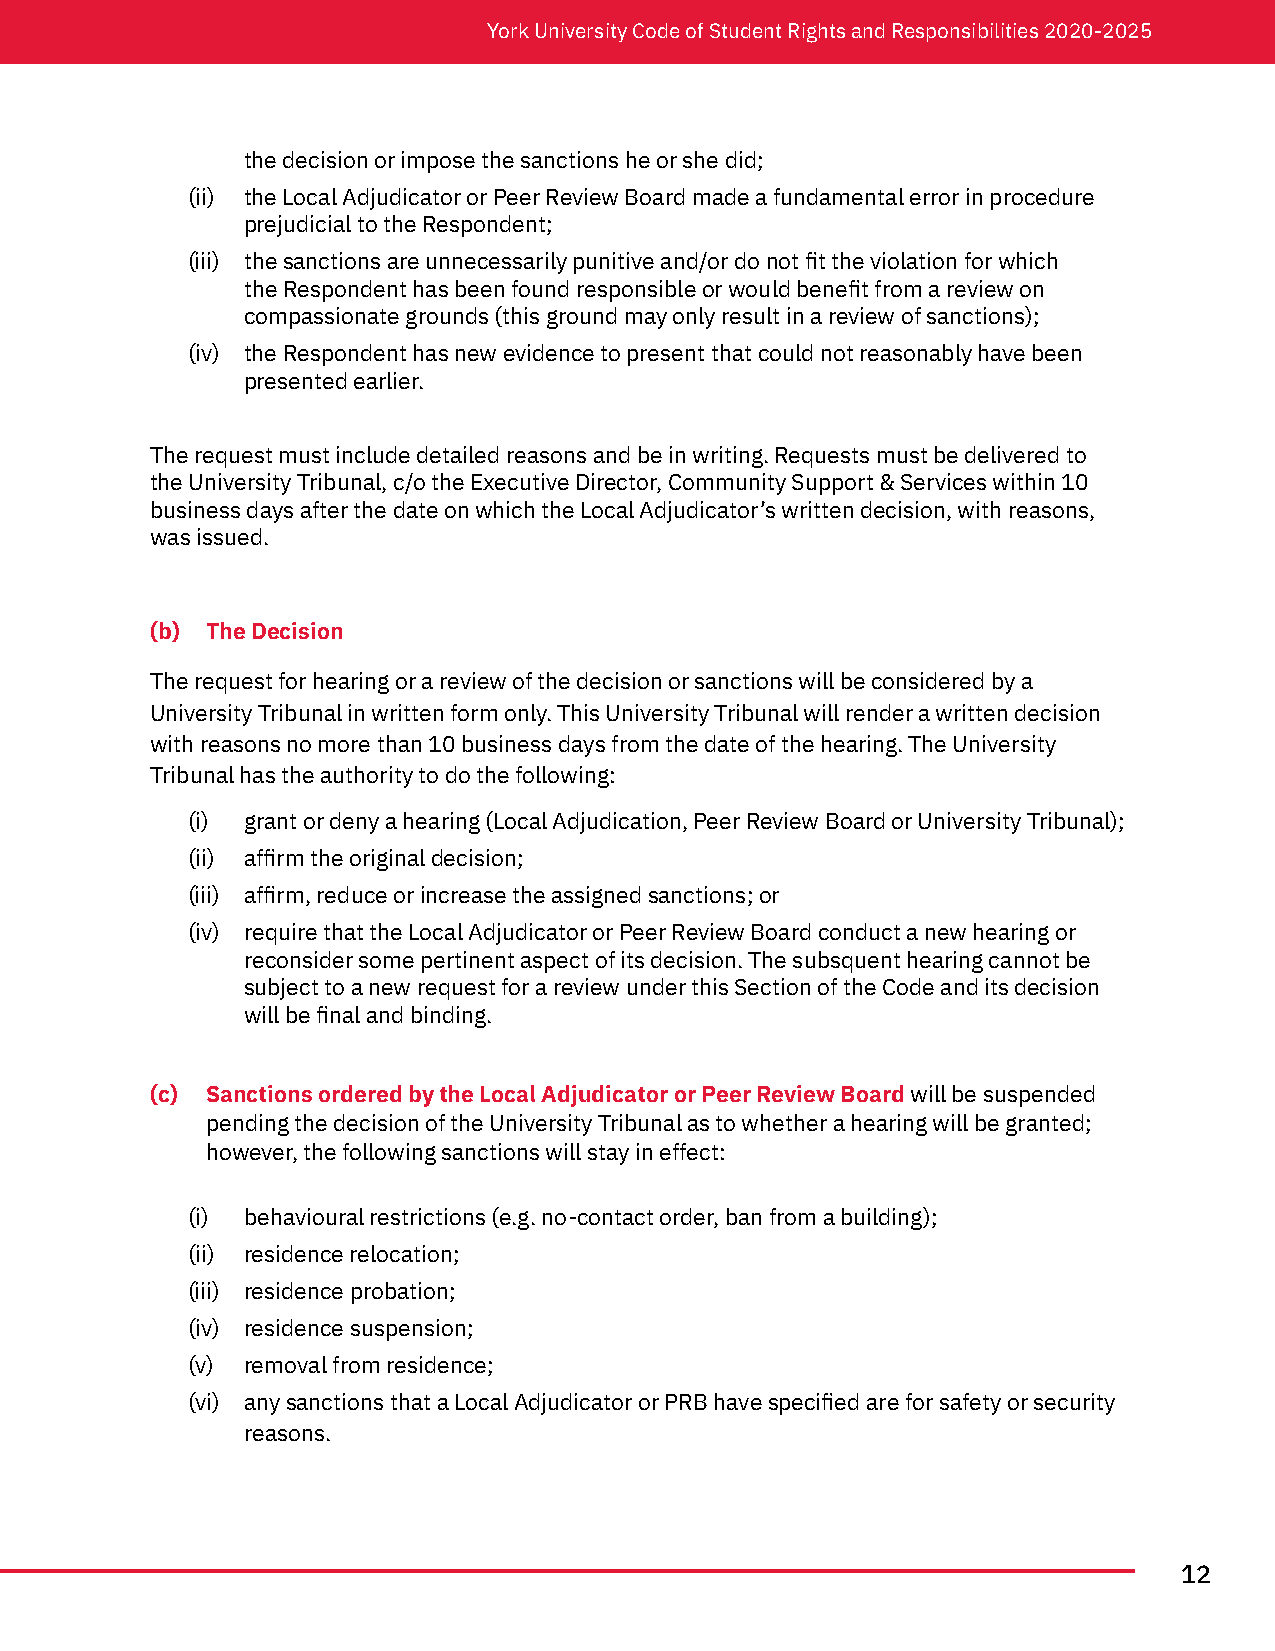
York University Code of Student Rights and Responsibilities 2020-2025
 the decision or impose the sanctions he or she did;
 (ii) the Local Adjudicator or Peer Review Board made a fundamental error in procedure
 prejudicial to the Respondent;
 (iii) the sanctions are unnecessarily punitive and/or do not fit the violation for which
 the Respondent has been found responsible or would benefit from a review on
 compassionate grounds (this ground may only result in a review of sanctions);
 (iv) the Respondent has new evidence to present that could not reasonably have been
 presented earlier.
 The request must include detailed reasons and be in writing. Requests must be delivered to
 the University Tribunal, c/o the Executive Director, Community Support & Services within 10
 business days after the date on which the Local Adjudicator’s written decision, with reasons,
 was issued.
 (b) The Decision
 The request for hearing or a review of the decision or sanctions will be considered by a
 University Tribunal in written form only. This University Tribunal will render a written decision
 with reasons no more than 10 business days from the date of the hearing. The University
 Tribunal has the authority to do the following:
 (i) grant or deny a hearing (Local Adjudication, Peer Review Board or University Tribunal);
 (ii) affirm the original decision;
 (iii) affirm, reduce or increase the assigned sanctions; or
 (iv) require that the Local Adjudicator or Peer Review Board conduct a new hearing or
 reconsider some pertinent aspect of its decision. The subsquent hearing cannot be
 subject to a new request for a review under this Section of the Code and its decision
 will be final and binding.
 (c) Sanctions ordered by the Local Adjudicator or Peer Review Board will be suspended
 pending the decision of the University Tribunal as to whether a hearing will be granted;
 however, the following sanctions will stay in effect:
 (i) behavioural restrictions (e.g. no-contact order, ban from a building);
 (ii) residence relocation;
 (iii) residence probation;
 (iv) residence suspension;
 (v) removal from residence;
 (vi) any sanctions that a Local Adjudicator or PRB have specified are for safety or security
 reasons.
 12